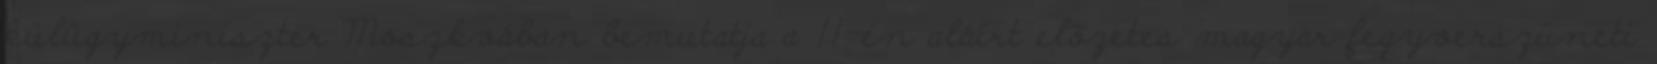
külügyminiszter Moszkvában bemutatja a 11-én aláírt elõzetes magyar fegyverszüneti